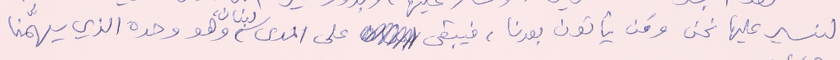
لنسير عليها نحن ومَن يأتون بعدنا، فيبقى على المدى لبنان، وهو وحده الذي يهمُّنا